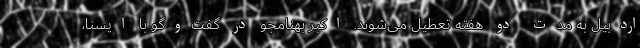
اردبیل به مدت دو هفته تعطیل می‌شوند. اکبر بهنامجو در گفت‌وگو با ایسنا،